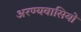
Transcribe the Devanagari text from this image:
अरण्यवासियों